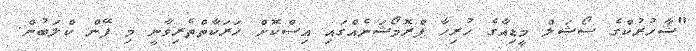
"ޝާހުރުކްގެ ސޯޝަލް މީޑިއާގެ ހުރިހާ ޕްރޮމޯޝަނެއްގައި އިސްކޮށް ހަރަކާތްތެރިވާނީ މި ފޭން ކްލަބުން.